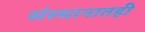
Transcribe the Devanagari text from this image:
संस्थानातही